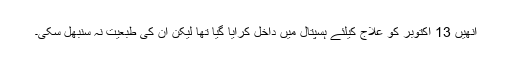
انھیں 13 اکتوبر کو علاج کیلئے ہسپتال میں داخل کرایا گیا تھا لیکن ان کی طبعیت نہ سنبھل سکی۔